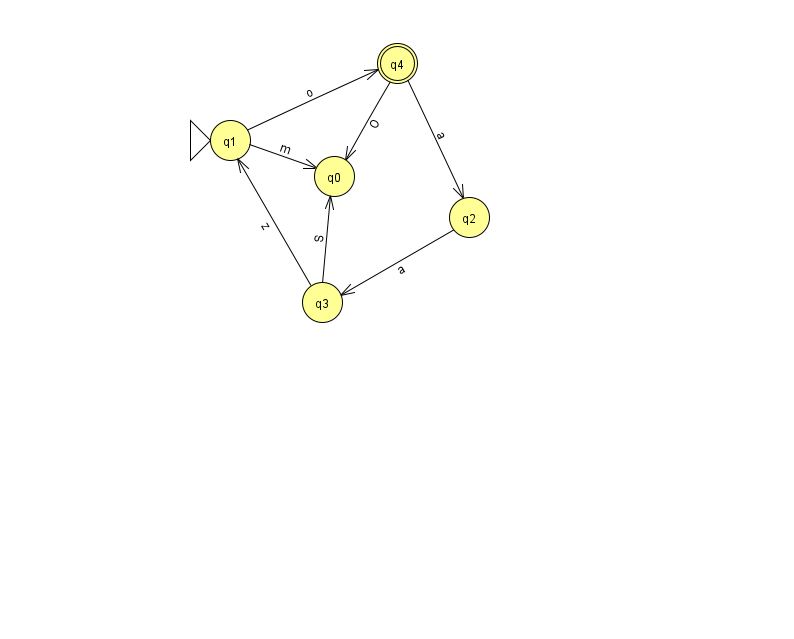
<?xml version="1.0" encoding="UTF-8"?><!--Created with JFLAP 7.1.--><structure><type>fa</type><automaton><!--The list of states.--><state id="0" name="q0"><x>334.0</x><y>163.0</y></state><state id="1" name="q1"><x>230.0</x><y>127.0</y><initial/></state><state id="2" name="q2"><x>469.0</x><y>204.0</y></state><state id="3" name="q3"><x>322.0</x><y>289.0</y></state><state id="4" name="q4"><x>397.0</x><y>50.0</y><final/></state><!--The list of transitions.--><transition><from>1</from><to>4</to><read>o</read></transition><transition><from>4</from><to>0</to><read>O</read></transition><transition><from>3</from><to>1</to><read>z</read></transition><transition><from>1</from><to>0</to><read>m</read></transition><transition><from>2</from><to>3</to><read>a</read></transition><transition><from>4</from><to>2</to><read>a</read></transition><transition><from>3</from><to>0</to><read>S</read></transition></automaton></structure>